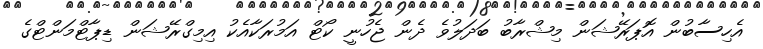
އެހިސާބުން އޮޕަރޭޝަން މިޝްރާބު ބަދަލުވެ ދެން ޖެހުނީ ކޯޓް އަމުރަކާއެކު އިމިގްރޭޝަން ޑިޕާޓްމަންޓްގެ